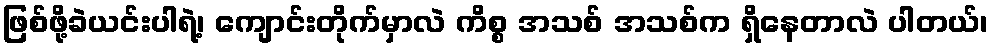
ဖြစ်ဖို့ခဲယင်းပါရဲ့၊ ကျောင်းတိုက်မှာလဲ ကိစ္စ အသစ် အသစ်က ရှိနေတာလဲ ပါတယ်၊